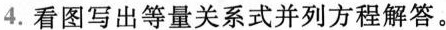
4.看图写出等量关系式并列方程解答。